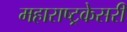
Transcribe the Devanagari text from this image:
महाराष्ट्रकेसरी